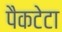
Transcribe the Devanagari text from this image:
पैकटेटा